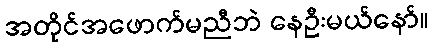
အတိုင်အဖောက်မညီဘဲ နေဦးမယ်နော်။